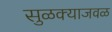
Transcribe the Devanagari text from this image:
सुळक्याजवळ